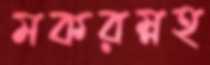
মকরম্নহ